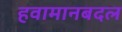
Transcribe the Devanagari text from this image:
हवामानबदल